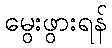
မွေးဖွားရန်